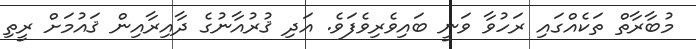
މުބާރާތް ތަކެއްގައި ރަހުވާ ވަނީ ބައިވެރިވެފަވެ. އަދި ޤުރުއާނުގެ ދާއިރާއިން ޤައުމަށް ރީތި